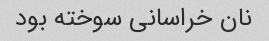
نان خراسانی سوخته بود